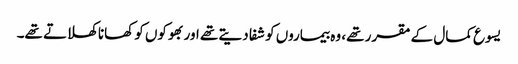
‏ یسوع کمال کے مقرر تھے،‏ وہ بیماروں کو شفا دیتے تھے اور بھوکوں کو کھانا کھلاتے تھے۔